Insane asylums in Bengal annual reports 1867-1875 - 1867-1875
Year: 1867
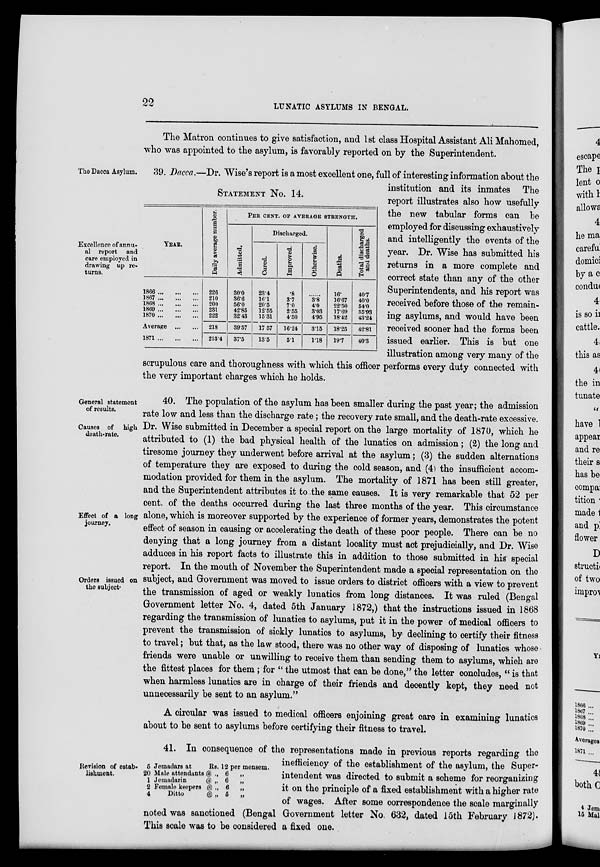
22
LUNATIC ASYLUMS IN BENGAL.
The Matron continues to give satisfaction, and 1st class Hospital Assistant Ali Mahomed,
who was appointed to the asylum, is favorably reported on by the Superintendent.
The Dacca Asylum.
Excellence of annu-
al report and
care employed in
drawing up re-
turns.
STATEMENT No. 14.
YEAR.
1866 ... ... ...
1867 ... ... ...
1868 ... ... ...
1869 ... ... ...
1870 ... ... ...
Average ... ...
1871 ... ... ...
Daily average number.
226
210
200
231
222
218
213.4
PER CENT.OF AVERAGE STRENGTH.
Admitted.
30.0
36.6
56.0
42.85
32.43
39.57
37.5
Discharged.
Cured.
23.4
16.1
20.5
12.55
15.31
17.57
13.5
Improved.
.8
3.7
7.0
2.55
4.50
16.24
5.1
Otherwise.
......
3.8
4.0
3.03
4.95
3.15
1.18
Deaths.
16.
16.67
22.50
17.69
18.42
18.25
19.7
Total discharged
and deaths.
40.7
40.0
54.0
35.93
43.24
42.81
40.3
39. Dacca.—Dr. Wise's report is a most excellent one, full of interesting information about the
institution and its inmates The
report illustrates also how usefully
the new tabular forms can be
employed for discussing exhaustively
and intelligently the events of the
year. Dr. Wise has submitted his
returns in a more complete and
correct state than any of the other
Superintendents, and his report was
received before those of the remain-
ing asylums, and would have been
received sooner had the forms been
issued earlier. This is but one
illustration among very many of the
scrupulous care and thoroughness with which this officer performs every duty connected with
the very important charges which he holds.
General statement
of results.
Causes of high
death-rate.
Effect of a long
journey.
Orders issued on
the subject.
40. The population of the asylum has been smaller during the past year; the admission
rate low and less than the discharge rate ; the recovery rate small, and the death-rate excessive.
Dr. Wise submitted in December a special report on the large mortality of 1870, which he
attributed to (1) the bad physical health of the lunatics on admission ; (2) the long and
tiresome journey they underwent before arrival at the asylum ; (3) the sudden alternations
of temperature they are exposed to during the cold season, and (4) the insufficient accom-
modation provided for them in the asylum. The mortality of 1871 has been still greater,
and the Superintendent attributes it to the same causes. It is very remarkable that 52 per
cent. of the deaths occurred during the last three months of the year. This circumstance
alone, which is moreover supported by the experience of former years, demonstrates the potent
effect of season in causing or accelerating the death of these poor people. There can be no
denying that a long journey from a distant locality must act prejudicially, and Dr. Wise
adduces in his report facts to illustrate this in addition to those submitted in his special
report. In the mouth of November the Superintendent made a special representation on the
subject, and Government was moved to issue orders to district officers with a view to prevent
the transmission of aged or weakly lunatics from long distances. It was ruled (Bengal
Government letter No. 4, dated 5th January 1872,) that the instructions issued in 1868
regarding the transmission of lunatics to asylums, put it in the power of medical officers to
prevent the transmission of sickly lunatics to asylums, by declining to certify their fitness
to travel ; but that, as the law stood, there was no other way of disposing of lunatics whose
friends were unable or unwilling to receive them than sending them to asylums, which are
the fittest places for them ; for " the utmost that can be done," the letter concludes, " is that
when harmless lunatics are in charge of their friends and decently kept, they need not
unnecessarily be sent to an asylum."
A circular was issued to medical officers enjoining great care in examining lunatics
about to be sent to asylums before certifying their fitness to travel.
Revision of estab-
lishment.
5 Jemadars at
Rs.
20 Male attendants @ „
1 Jemadarin
@ „
2 Female keepers
@ „
4
Ditto
@ „
12 per mensem.
6
„
6
„
6
„
5 „
41. In consequence of the representations made in previous reports regarding the
inefficiency of the establishment of the asylum, the Super-
intendent was directed to submit a scheme for reorganizing
it on the principle of a fixed establishment with a higher rate
of wages. After some correspondence the scale marginally
noted was sanctioned (Bengal Government letter No. 632, dated 15th February 1872).
This scale was to be considered a fixed one.